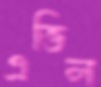
এভিল